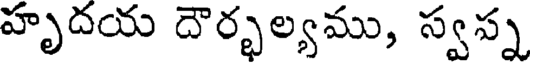
హృదయ దౌర్భల్యము, స్వస్న